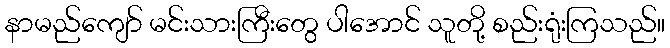
နာမည်ကျော် မင်းသားကြီးတွေ ပါအောင် သူတို့ စည်းရုံးကြသည်။